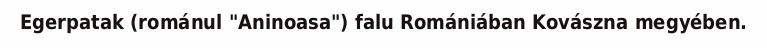
Egerpatak (románul "Aninoasa") falu Romániában Kovászna megyében.